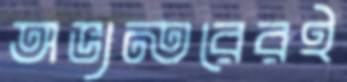
অভ্যন্তরেরই